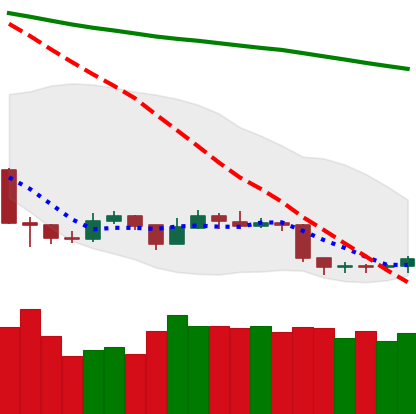
Ticker: TRX-USD
Chart end date: 2019-09-02
Forward return: -3.077%
Label: down_3_5